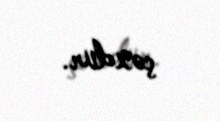
çoxdur.